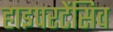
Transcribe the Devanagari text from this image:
हाइपरटेंसिव